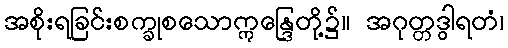
အစိုးရခြင်းစက္ခုစသောဣန္ဒြေတို့၌။ အဂုတ္တဒွါရတံ၊